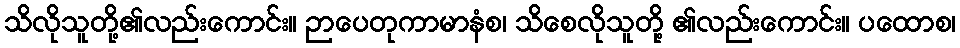
သိလိုသူတို့၏လည်းကောင်း။ ဉာပေတုကာမာနံစ၊ သိစေလိုသူတို့ ၏လည်းကောင်း။ ပထောစ၊